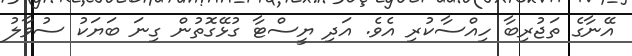
އޭނާގެ ތަޖުރިބާ ހިއްސާކުރި އެވެ. އަދި ޔީސްޓާ ގުޅޭގޮތުން ގިނަ ބަަޔަކު ސުވާލު